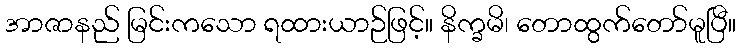
အာဇာနည် မြင်းကသော ရထားယာဉ်ဖြင့်။ နိက္ခမိ၊ တောထွက်တော်မူပြီ။